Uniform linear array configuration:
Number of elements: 16
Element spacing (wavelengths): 1
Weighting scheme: exponential
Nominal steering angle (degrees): -45
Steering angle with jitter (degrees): -46.19
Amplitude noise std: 0.05
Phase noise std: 0.05

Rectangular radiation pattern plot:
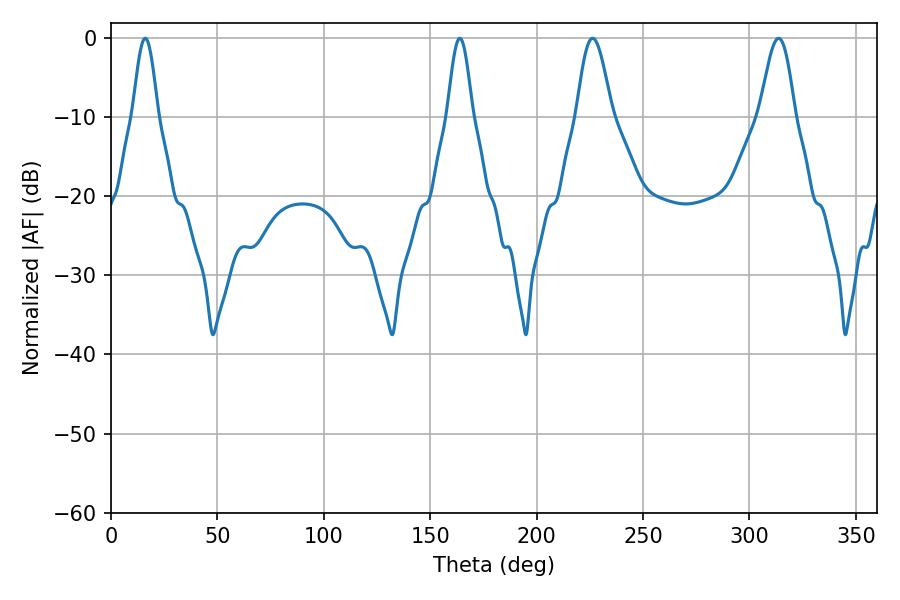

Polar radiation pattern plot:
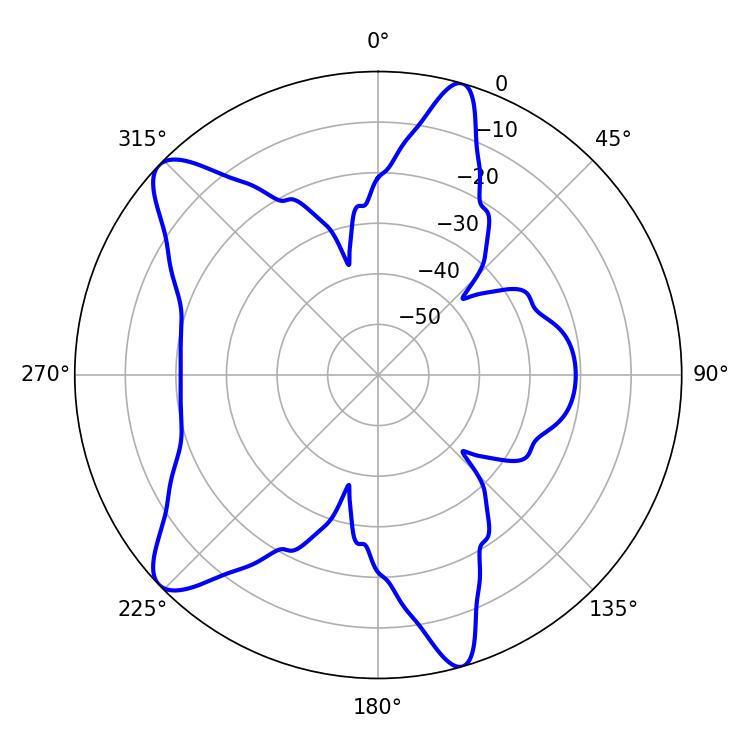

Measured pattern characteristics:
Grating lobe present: TRUE
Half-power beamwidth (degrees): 8.82
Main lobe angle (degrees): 226.26